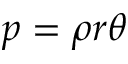
p = \rho r \theta